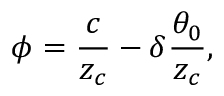
\phi = \frac { c } { z _ { c } } - \delta \frac { \theta _ { 0 } } { z _ { c } } ,